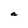
Character: a